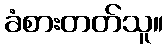
ခံစားတတ်သူ။